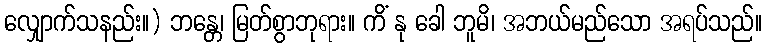
လျှောက်သနည်း။) ဘန္တေ၊ မြတ်စွာဘုရား။ ကိံ နု ခေါ ဘူမိ၊ အဘယ်မည်သော အရပ်သည်။